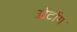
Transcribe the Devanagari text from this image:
ओंटोंग